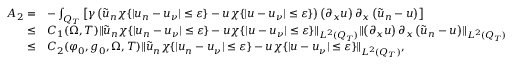
\begin{array} { r l } { A _ { 2 } = } & { - \int _ { Q _ { T } } \left[ \gamma \left( \tilde { u } _ { n } \chi \{ | u _ { n } - u _ { \nu } | \leq \varepsilon \} - u \chi \{ | u - u _ { \nu } | \leq \varepsilon \} \right) \left( \partial _ { x } u \right) \partial _ { x } \left( \tilde { u } _ { n } - u \right) \right] } \\ { \leq } & { C _ { 1 } ( \Omega , T ) \lVert \tilde { u } _ { n } \chi \{ | u _ { n } - u _ { \nu } | \leq \varepsilon \} - u \chi \{ | u - u _ { \nu } | \leq \varepsilon \} \rVert _ { L ^ { 2 } ( Q _ { T } ) } \lVert \left( \partial _ { x } u \right) \partial _ { x } \left( \tilde { u } _ { n } - u \right) \rVert _ { L ^ { 2 } ( Q _ { T } ) } } \\ { \leq } & { C _ { 2 } ( \varphi _ { 0 } , g _ { 0 } , \Omega , T ) \lVert \tilde { u } _ { n } \chi \{ | u _ { n } - u _ { \nu } | \leq \varepsilon \} - u \chi \{ | u - u _ { \nu } | \leq \varepsilon \} \rVert _ { L ^ { 2 } ( Q _ { T } ) } , } \end{array}